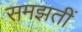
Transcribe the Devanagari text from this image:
समझतीं